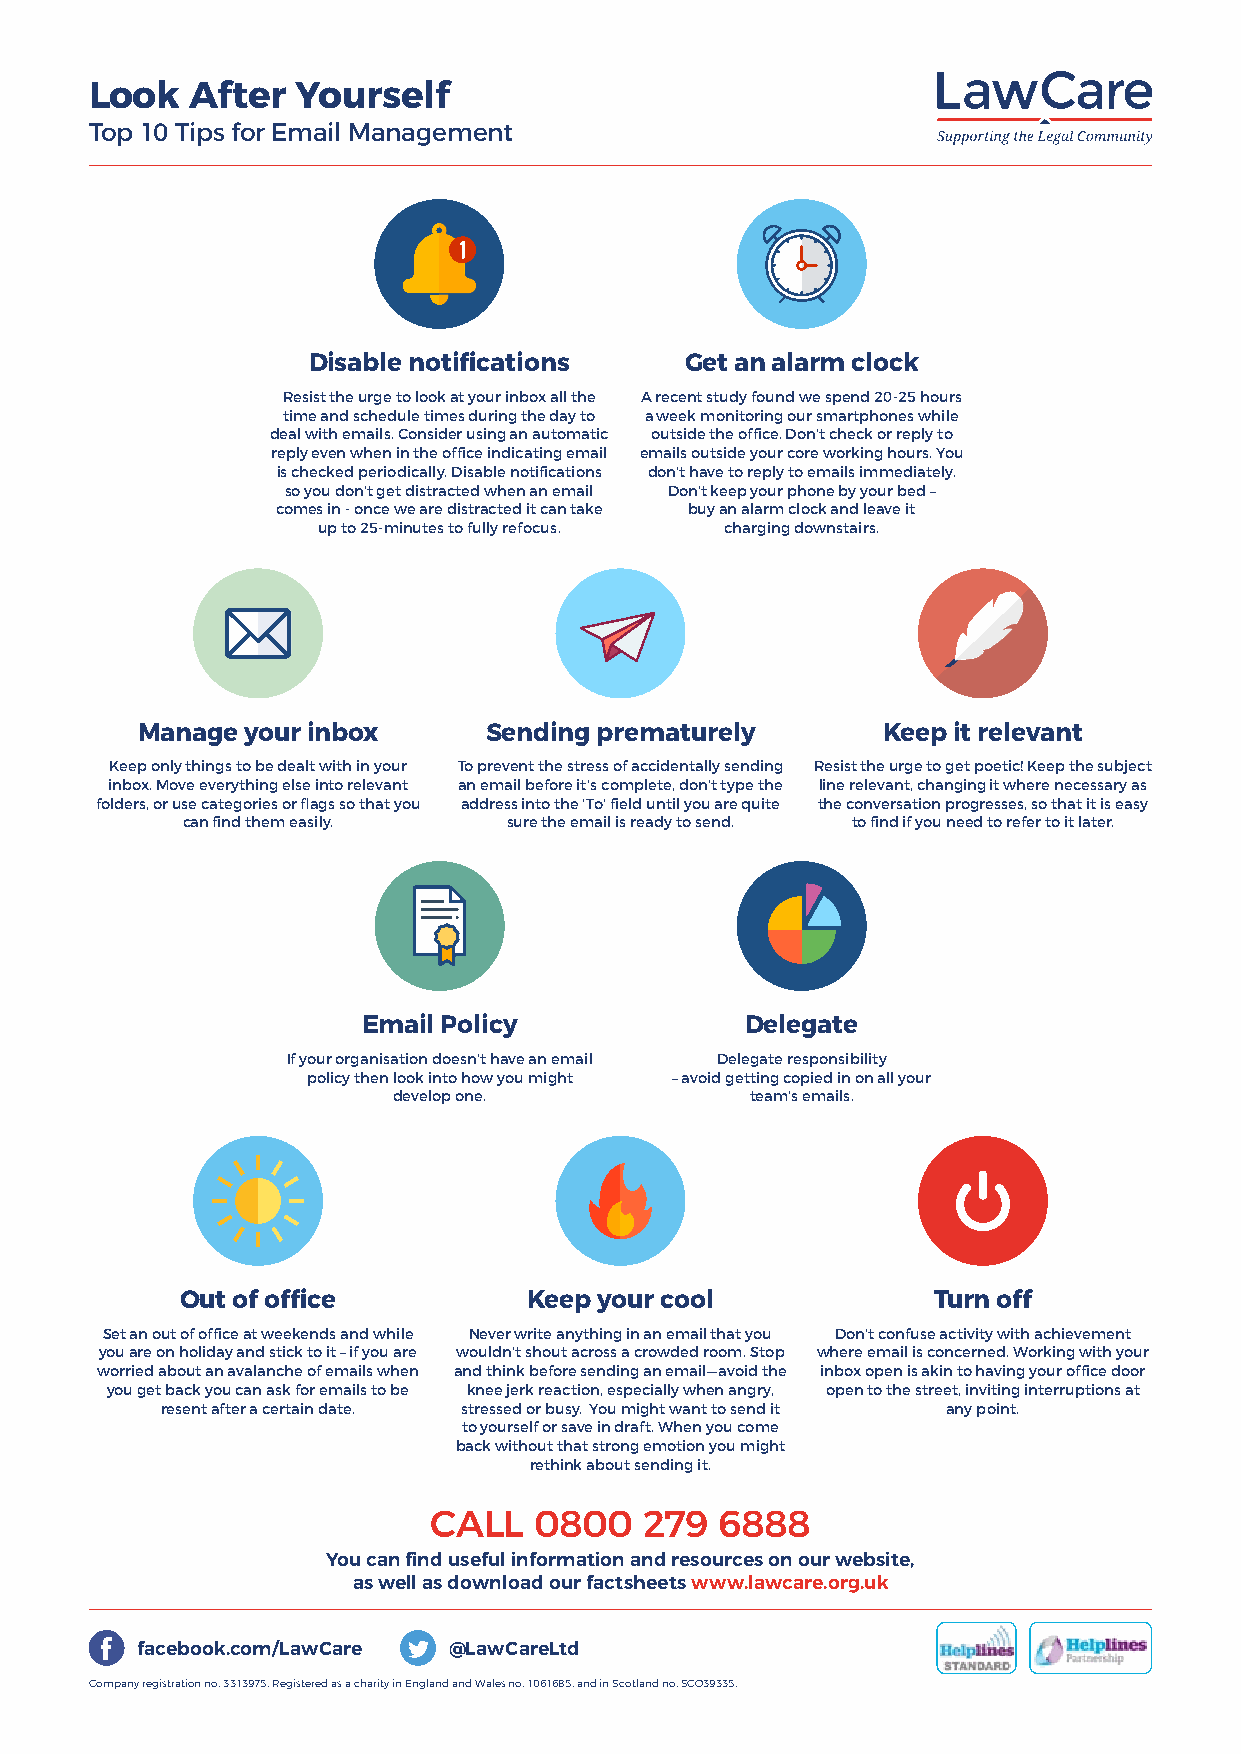
Look   After  Yourself
 Top 10 Tips for Email Management
 Disable notifications    Get an alarm clock
 Resist the urge to look at your inbox all the A recent study found we spend 20-25 hours
 time and schedule times during the day to a week monitoring our smartphones while
 deal with emails. Consider using an automatic outside the office. Don’t check or reply to
 reply even when in the office indicating email emails outside your core working hours. You
 is checked periodically. Disable notifications don’t have to reply to emails immediately.
 so you don’t get distracted when an email Don’t keep your phone by your bed –
 comes in - once we are distracted it can take buy an alarm clock and leave it
 up to 25-minutes to fully refocus. charging downstairs.
 Manage your inbox      Sending prematurely       Keep it relevant
 Keep only things to be dealt with in your To prevent the stress of accidentally sending Resist the urge to get poetic! Keep the subject
 inbox. Move everything else into relevant an email before it’s complete, don’t type the line relevant, changing it where necessary as
 folders, or use categories or flags so that you address into the ’To’ field until you are quite the conversation progresses, so that it is easy
 can find them easily. sure the email is ready to send. to find if you need to refer to it later.
 Email Policy             Delegate
 If your organisation doesn’t have an email Delegate responsibility
 policy then look into how you might – avoid getting copied in on all your
 develop one.            team’s emails.
 Out of office          Keep your cool             Turn off
 Set an out of office at weekends and while Never write anything in an email that you Don’t confuse activity with achievement
 you are on holiday and stick to it – if you are wouldn’t shout across a crowded room. Stop where email is concerned. Working with your
 worried about an avalanche of emails when and think before sending an email—avoid the inbox open is akin to having your office door
 you get back you can ask for emails to be knee jerk reaction, especially when angry, open to the street, inviting interruptions at
 resent after a certain date. stressed or busy. You might want to send it any point.
 to yourself or save in draft. When you come
 back without that strong emotion you might
 rethink about sending it.
 CALL   0800    279 6888
 You can find useful information and resources on our website,
 as well as download our factsheets www.lawcare.org.uk
 facebook.com/LawCare @LawCareLtd
 Company registration no. 3313975. Registered as a charity in England and Wales no. 1061685, and in Scotland no. SCO39335.